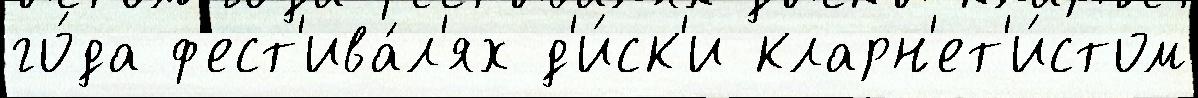
го́да ф'ест'ива́л'ях д'и́ск'и кларн'ет'и́стом